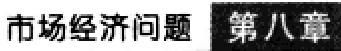
\section{市场经济问题 第八章}